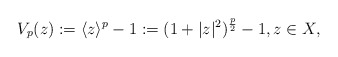
\begin{align*}V_{p}(z):=\langle z\rangle^{p}-1:=(1+|z|^{2})^{\frac{p}{2}}-1,z\in X,\end{align*}